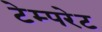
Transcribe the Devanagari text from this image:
टेम्‍परेट